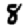
Digit: 8